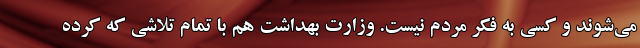
می‌شوند و کسی به فکر مردم نیست. وزارت بهداشت هم با تمام تلاشی که کرده